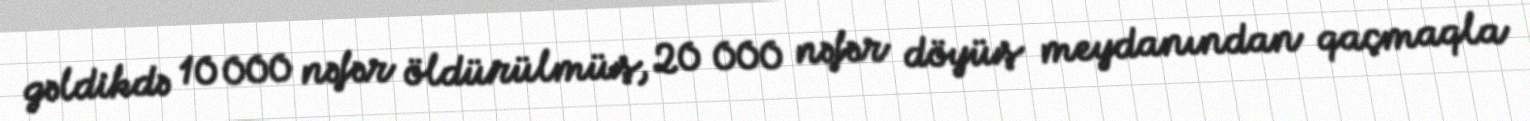
gəldikdə 10 000 nəfər öldürülmüş, 20 000 nəfər döyüş meydanından qaçmaqla